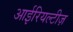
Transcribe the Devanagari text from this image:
आईरियल्टीज़